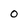
Character: 0